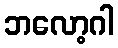
ဘလော့ဂါ